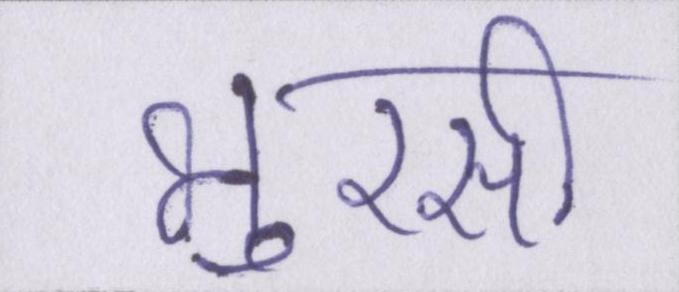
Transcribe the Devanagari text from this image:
भुरसी